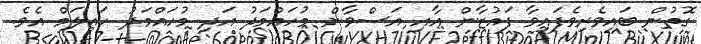
ގޮތުން ބައިވެރިވެފައިވާ ފައުޒާން އާއި އަސްވާން މުހައްމަދު އަދި މުހައްމަދު ހައިލަމް އެވެ.